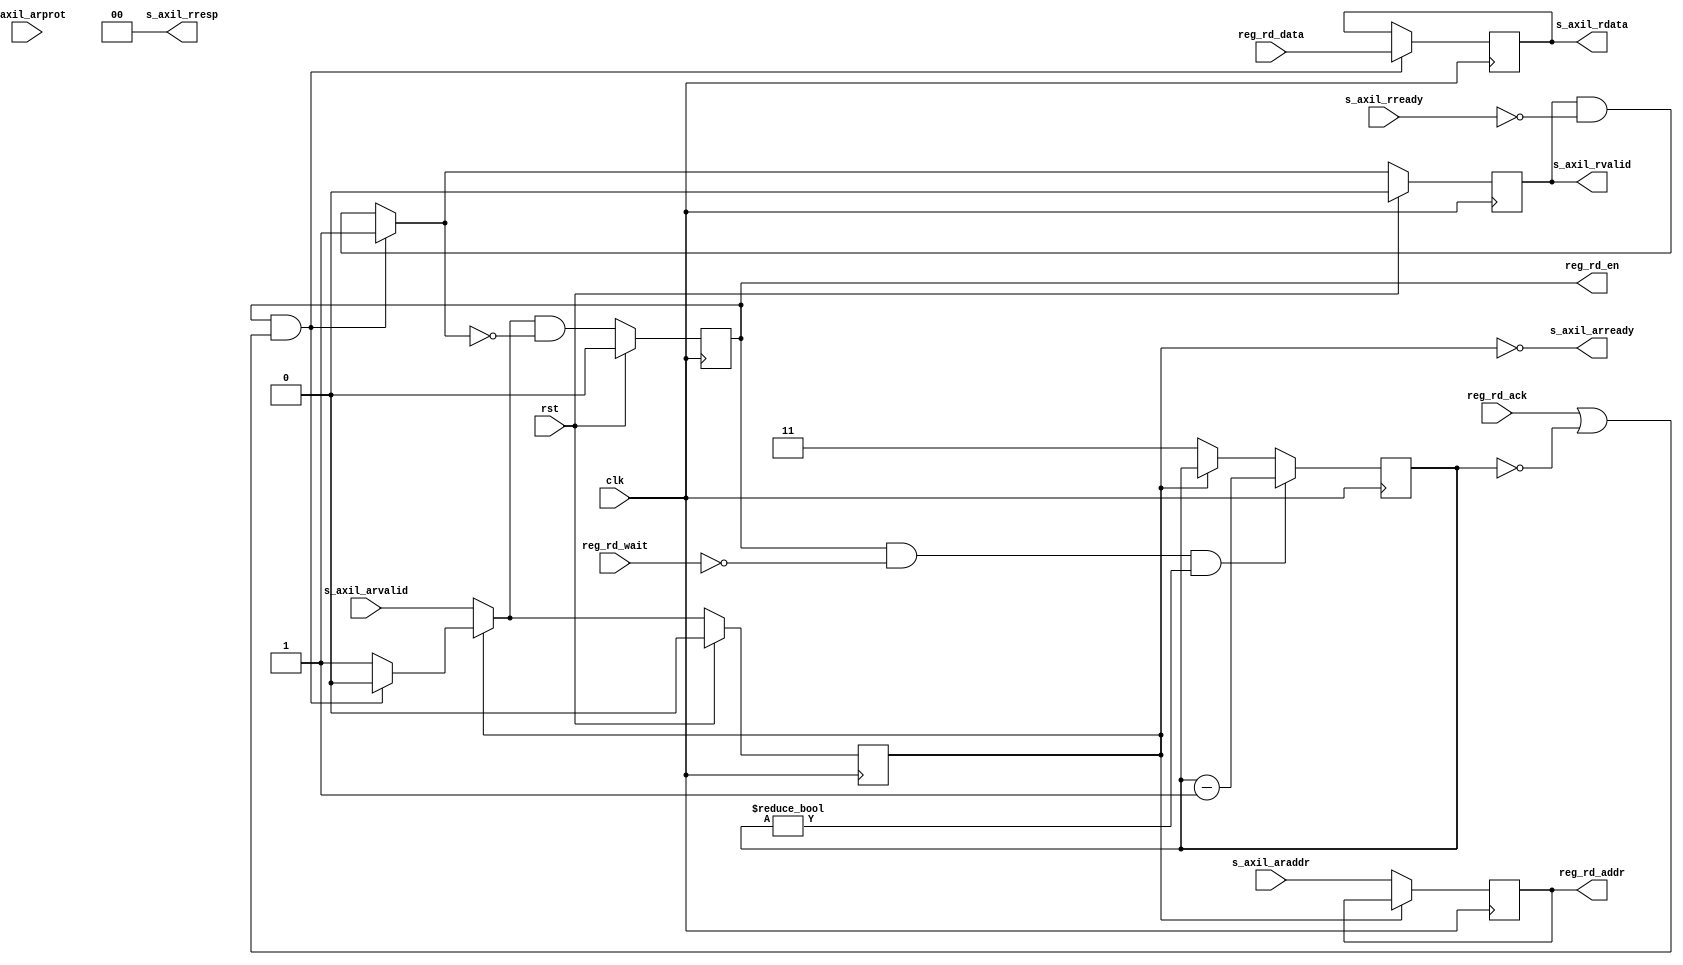
/*

Copyright (c) 2021 Alex Forencich

Permission is hereby granted, free of charge, to any person obtaining a copy
of this software and associated documentation files (the "Software"), to deal
in the Software without restriction, including without limitation the rights
to use, copy, modify, merge, publish, distribute, sublicense, and/or sell
copies of the Software, and to permit persons to whom the Software is
furnished to do so, subject to the following conditions:

The above copyright notice and this permission notice shall be included in
all copies or substantial portions of the Software.

THE SOFTWARE IS PROVIDED "AS IS", WITHOUT WARRANTY OF ANY KIND, EXPRESS OR
IMPLIED, INCLUDING BUT NOT LIMITED TO THE WARRANTIES OF MERCHANTABILITY
FITNESS FOR A PARTICULAR PURPOSE AND NONINFRINGEMENT. IN NO EVENT SHALL THE
AUTHORS OR COPYRIGHT HOLDERS BE LIABLE FOR ANY CLAIM, DAMAGES OR OTHER
LIABILITY, WHETHER IN AN ACTION OF CONTRACT, TORT OR OTHERWISE, ARISING FROM,
OUT OF OR IN CONNECTION WITH THE SOFTWARE OR THE USE OR OTHER DEALINGS IN
THE SOFTWARE.

*/

// Language: Verilog 2001

`resetall
`timescale 1ns / 1ps
`default_nettype none

/*
 * AXI lite register interface module (read)
 */
module axil_reg_if_rd #
(
    // Width of data bus in bits
    parameter DATA_WIDTH = 32,
    // Width of address bus in bits
    parameter ADDR_WIDTH = 32,
    // Width of wstrb (width of data bus in words)
    parameter STRB_WIDTH = (DATA_WIDTH/8),
    // Timeout delay (cycles)
    parameter TIMEOUT = 4
)
(
    input  wire                   clk,
    input  wire                   rst,

    /*
     * AXI-Lite slave interface
     */
    input  wire [ADDR_WIDTH-1:0]  s_axil_araddr,
    input  wire [2:0]             s_axil_arprot,
    input  wire                   s_axil_arvalid,
    output wire                   s_axil_arready,
    output wire [DATA_WIDTH-1:0]  s_axil_rdata,
    output wire [1:0]             s_axil_rresp,
    output wire                   s_axil_rvalid,
    input  wire                   s_axil_rready,

    /*
     * Register interface
     */
    output wire [ADDR_WIDTH-1:0]  reg_rd_addr,
    output wire                   reg_rd_en,
    input  wire [DATA_WIDTH-1:0]  reg_rd_data,
    input  wire                   reg_rd_wait,
    input  wire                   reg_rd_ack
);

parameter TIMEOUT_WIDTH = $clog2(TIMEOUT);

reg [TIMEOUT_WIDTH-1:0] timeout_count_reg = 0, timeout_count_next;

reg [ADDR_WIDTH-1:0] s_axil_araddr_reg = {ADDR_WIDTH{1'b0}}, s_axil_araddr_next;
reg s_axil_arvalid_reg = 1'b0, s_axil_arvalid_next;
reg [DATA_WIDTH-1:0] s_axil_rdata_reg = {DATA_WIDTH{1'b0}}, s_axil_rdata_next;
reg s_axil_rvalid_reg = 1'b0, s_axil_rvalid_next;

reg reg_rd_en_reg = 1'b0, reg_rd_en_next;

assign s_axil_arready = !s_axil_arvalid_reg;
assign s_axil_rdata = s_axil_rdata_reg;
assign s_axil_rresp = 2'b00;
assign s_axil_rvalid = s_axil_rvalid_reg;

assign reg_rd_addr = s_axil_araddr_reg;
assign reg_rd_en = reg_rd_en_reg;

always @* begin
    timeout_count_next = timeout_count_reg;

    s_axil_araddr_next = s_axil_araddr_reg;
    s_axil_arvalid_next = s_axil_arvalid_reg;
    s_axil_rdata_next = s_axil_rdata_reg;
    s_axil_rvalid_next = s_axil_rvalid_reg && !s_axil_rready;

    if (reg_rd_en_reg && (reg_rd_ack || timeout_count_reg == 0)) begin
        s_axil_arvalid_next = 1'b0;
        s_axil_rdata_next = reg_rd_data;
        s_axil_rvalid_next = 1'b1;
    end

    if (!s_axil_arvalid_reg) begin
        s_axil_araddr_next = s_axil_araddr;
        s_axil_arvalid_next = s_axil_arvalid;
        timeout_count_next = TIMEOUT-1;
    end

    if (reg_rd_en && !reg_rd_wait && timeout_count_reg != 0)begin
        timeout_count_next = timeout_count_reg - 1;
    end

    reg_rd_en_next = s_axil_arvalid_next && !s_axil_rvalid_next;
end

always @(posedge clk) begin
    timeout_count_reg <= timeout_count_next;

    s_axil_araddr_reg <= s_axil_araddr_next;
    s_axil_arvalid_reg <= s_axil_arvalid_next;
    s_axil_rdata_reg <= s_axil_rdata_next;
    s_axil_rvalid_reg <= s_axil_rvalid_next;

    reg_rd_en_reg <= reg_rd_en_next;

    if (rst) begin
        s_axil_arvalid_reg <= 1'b0;
        s_axil_rvalid_reg <= 1'b0;
        reg_rd_en_reg <= 1'b0;
    end
end

endmodule

`resetall